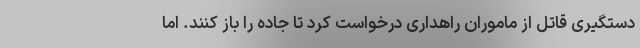
دستگیری قاتل از ماموران راهداری درخواست کرد تا جاده را باز کنند. اما